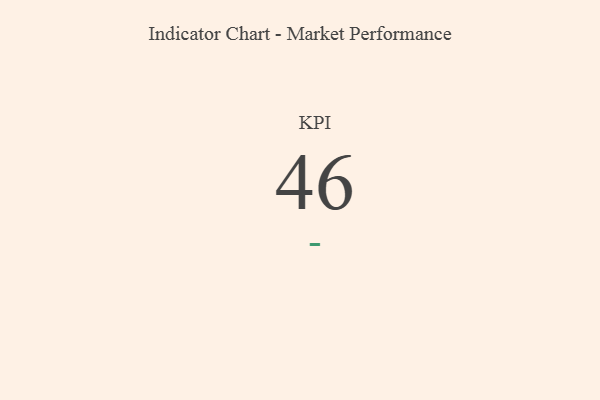
{"axis": {"x": "KPI", "y": "Value"}, "legend": [""], "data": [{"x": "KPI", "y": 46, "type": ""}]}